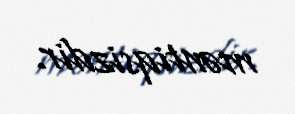
məntiqsizdir.